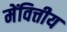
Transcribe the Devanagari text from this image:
मेंवित्तीय